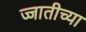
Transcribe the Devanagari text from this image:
ज्जातीच्या